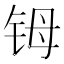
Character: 𬭁